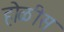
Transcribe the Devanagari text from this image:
होळीस